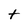
Character: t